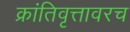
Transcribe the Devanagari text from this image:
क्रांतिवृत्तावरच